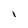
Character: i